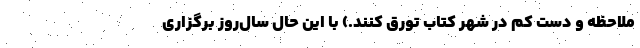
ملاحظه و دست کم در شهر کتاب تورق کنند.) با این حال سال‌روز برگزاری